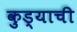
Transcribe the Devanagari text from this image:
कुड्याची